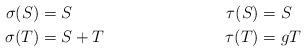
LaTeX: \begin{align*}\sigma(S)& = S & \tau(S) &= S\\\sigma(T)& = S+T & \tau(T)& = gT\end{align*}